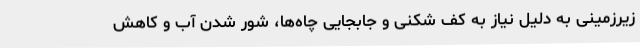
زیرزمینی به دلیل نیاز به کف شکنی و جابجایی چاه‌ها، شور شدن آب و کاهش